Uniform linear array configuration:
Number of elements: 16
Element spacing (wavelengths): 1
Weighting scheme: uniform
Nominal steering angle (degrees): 60
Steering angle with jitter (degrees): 60.935
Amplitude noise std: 0.05
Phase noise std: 0.05

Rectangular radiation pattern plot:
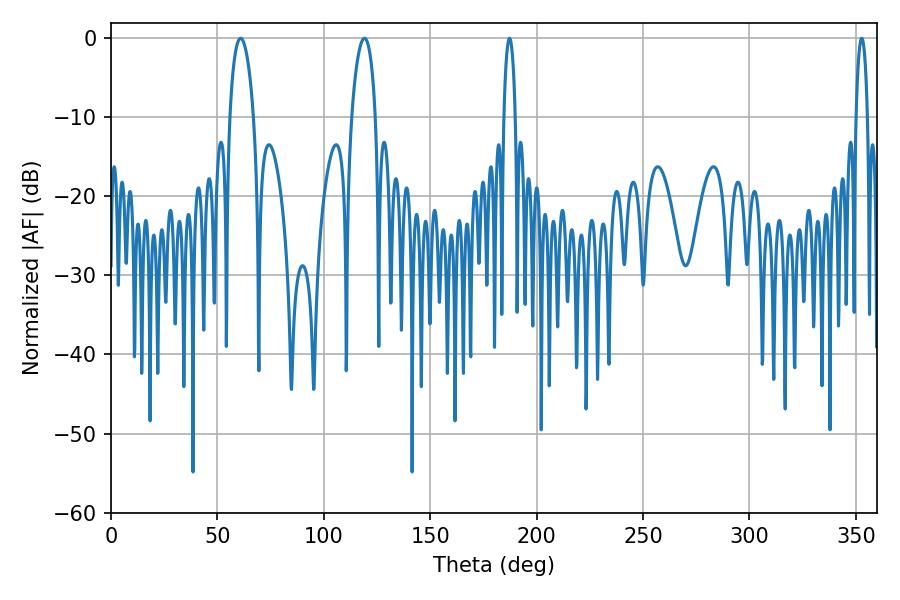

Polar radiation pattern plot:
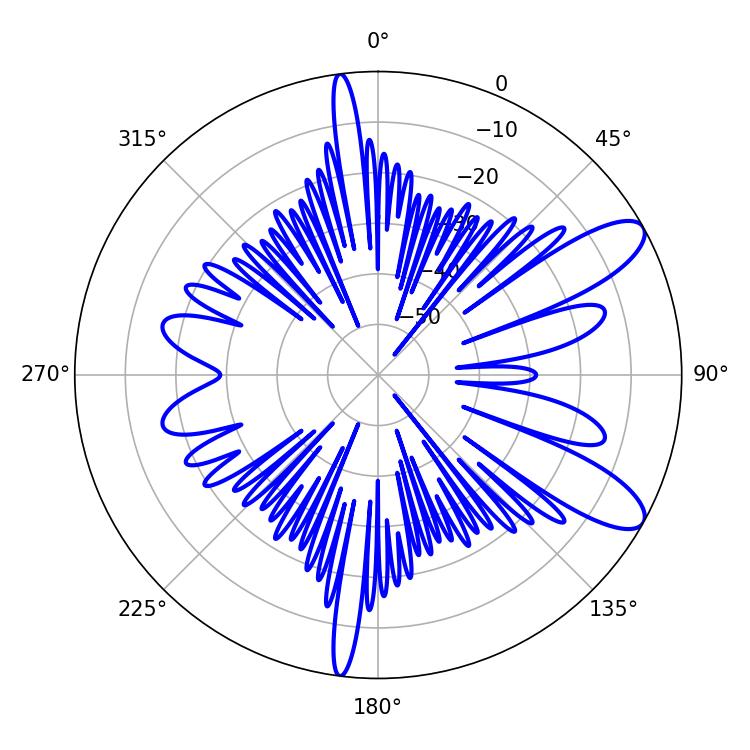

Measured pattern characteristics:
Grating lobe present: TRUE
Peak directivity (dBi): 10.14
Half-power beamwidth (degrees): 6.3
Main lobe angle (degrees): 60.84